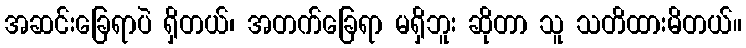
အဆင်းခြေရာပဲ ရှိတယ်၊ အတက်ခြေရာ မရှိဘူး ဆိုတာ သူ သတိထားမိတယ်။